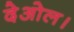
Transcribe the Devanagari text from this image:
देओल।